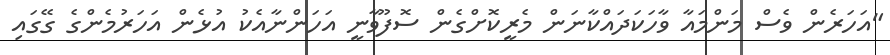
"އަހަރެން ވެސް މަންމައާ ވާހަކަދައްކާނަން މެރީކޮށްގެން ސޮފޫވާނީ އަހަންނާއެކު އުޅެން އަހަރުމެންގެ ގޭގައި